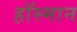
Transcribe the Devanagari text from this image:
हॉस्मान